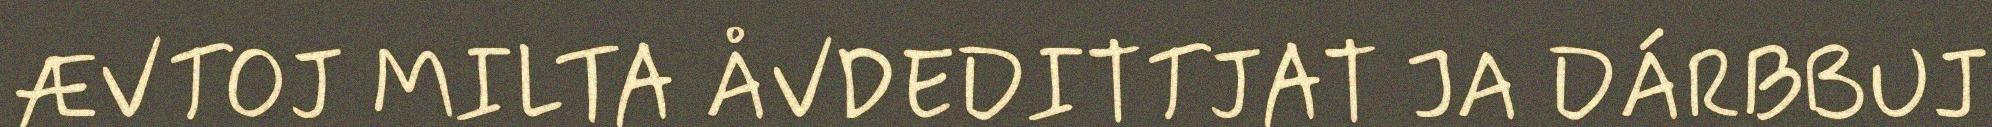
ÆVTOJ MILTA ÅVDEDITTJAT JA DÁRBBUJ